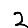
Digit: 2